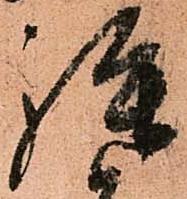
拝